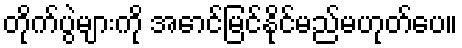
တိုက်ပွဲများကို အောင်မြင်နိုင်မည်မဟုတ်ပေ။